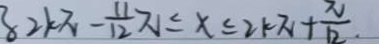
8 2 k \pi - \frac { 1 1 } { 1 2 } \pi \leq x \leq 2 k \pi + \frac { \pi } { 1 2 . }